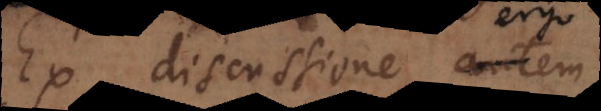
Ex discussione ergo